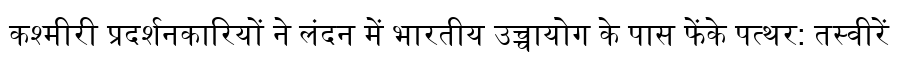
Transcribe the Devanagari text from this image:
कश्मीरी प्रदर्शनकारियों ने लंदन में भारतीय उच्चायोग के पास फेंके पत्थर: तस्वीरें